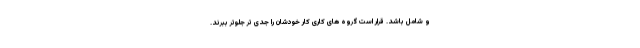
و شامل باشد. قرار است گروه های کاری کار خودشان را جدی تر جلوتر ببرند.